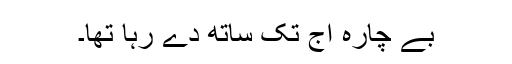
بے چارہ آج تک ساتھ دے رہا تھا۔